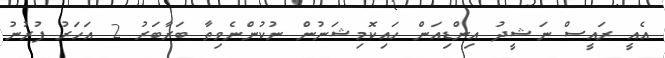
އެއީ ރައީސް ނަޝީދު އިންޑިއަން ހައިކޮމިޝަނުން ނުކުންނެވިތާ ބަރާބަރު 2 އަހަރު ފުރުނު